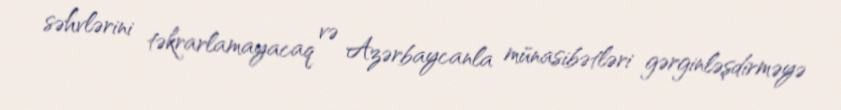
səhvlərini təkrarlamayacaq və Azərbaycanla münasibətləri gərginləşdirməyə